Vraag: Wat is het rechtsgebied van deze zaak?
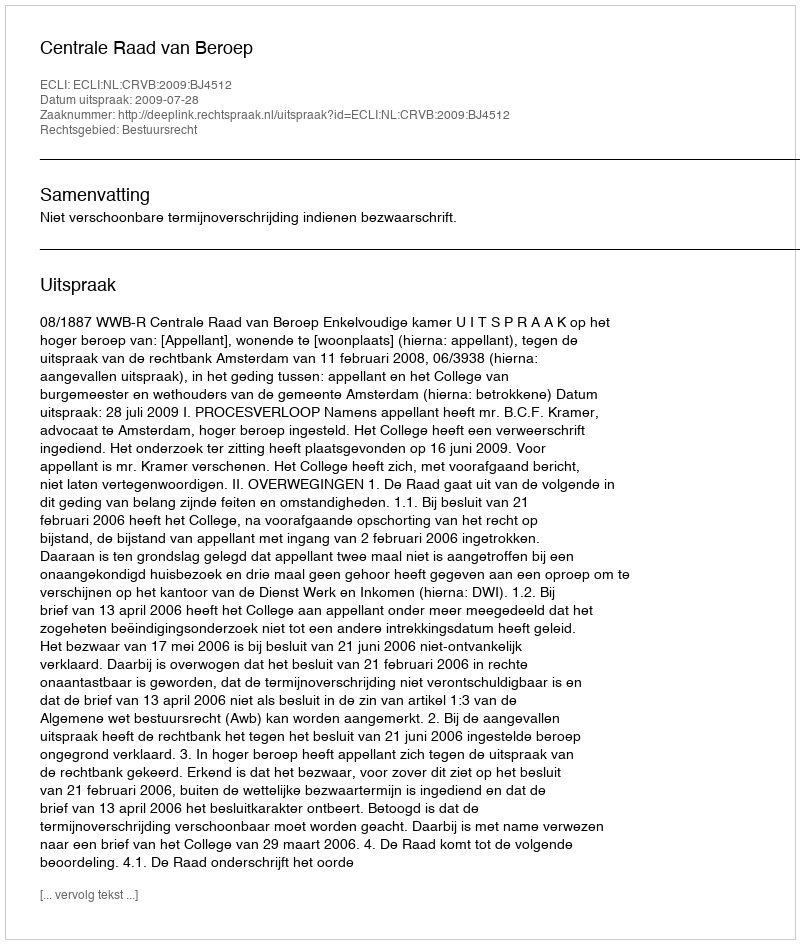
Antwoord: Bestuursrecht